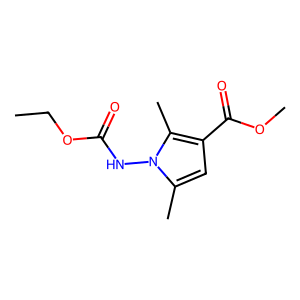
SMILES: CCOC(=O)Nn1c(C)cc(C(=O)OC)c1C
Inhibits HIV replication: No